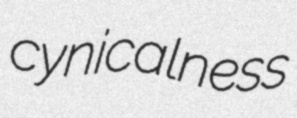
cynicalness